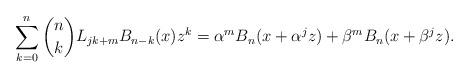
LaTeX: \begin{align*}\sum_{k = 0}^n {\binom nkL_{jk + m} B_{n - k} (x)z^k } = \alpha^m B_n(x + \alpha ^j z) + \beta^m B_n (x + \beta ^j z).\end{align*}